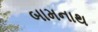
બામનાથ